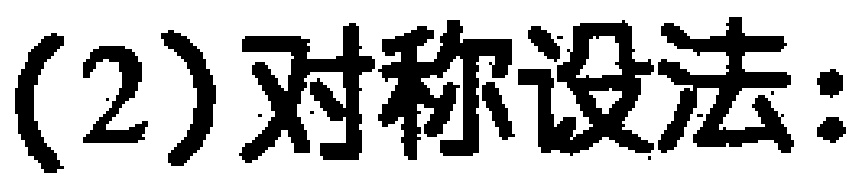
(2) 对称设法：